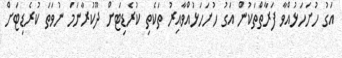
އަގު ހުށަހަޅުއްވާ ފަރާތްތަކުން އަގު ހުށަހަޅުއްވާއިރު ތަކެތި ކުރެޑިޓަށް ދޫކުރާނަމަ ނުވަތަ ކުރެޑިޓަށް